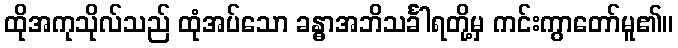
ထိုအကုသိုလ်သည် ထုံအပ်သော ခန္ဓာအဘိသင်္ခါရတို့မှ ကင်းကွာတော်မူ၏။